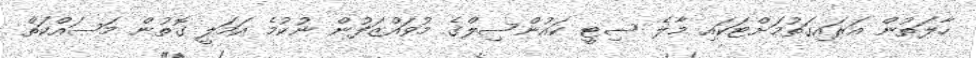
ހާލަތުން އަރައިގަތުމަށްޓަކައި މާލެ ސިޓީ ކައުންސިލްގެ މުވައްޒަފުން ނުކުމެ އަމަލީ ގޮތުން މަސައްކަތް